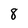
Character: 8